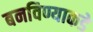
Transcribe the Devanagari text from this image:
बनविण्याकडे